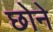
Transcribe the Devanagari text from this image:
छोने